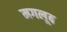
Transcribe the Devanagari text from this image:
मगलूब